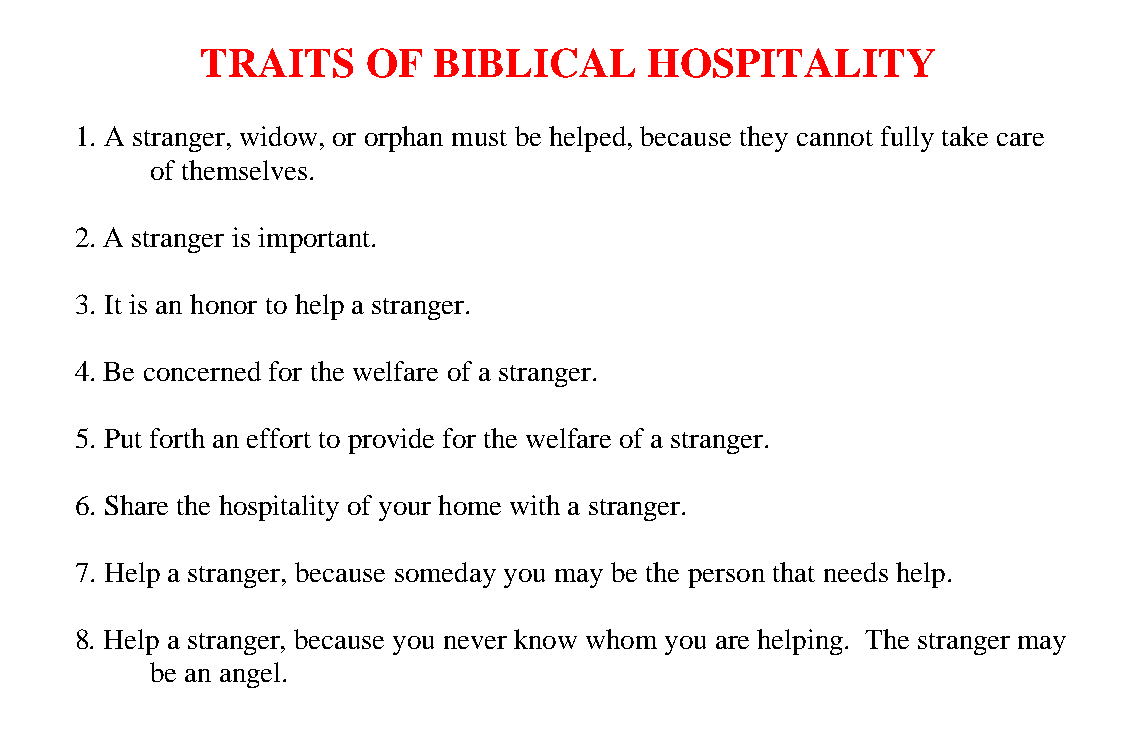
TRAITS     OF   BIBLICAL      HOSPITALITY
 1. A stranger, widow, or orphan must be helped, because they cannot fully take care
 of themselves.
 2. A stranger is important.
 3. It is an honor to help a stranger.
 4. Be concerned for the welfare of a stranger.
 5. Put forth an effort to provide for the welfare of a stranger.
 6. Share the hospitality of your home with a stranger.
 7. Help a stranger, because someday you may be the person that needs help.
 8. Help a stranger, because you never know whom you are helping. The stranger may
 be an angel.